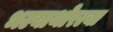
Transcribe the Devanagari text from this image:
भल्याथोरल्या